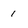
Character: 1